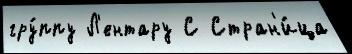
гру́ппу Л'ентару С Стран'и́ца